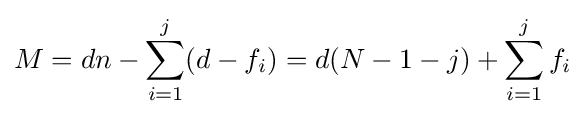
M=dn-\sum _{i=1}^{j}(d-f_{i})=d(N-1-j)+\sum _{i=1}^{j}f_{i}